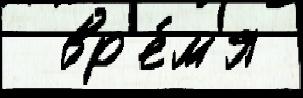
  вр'е́м'я